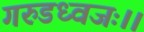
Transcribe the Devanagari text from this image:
गरुडध्वजः।।